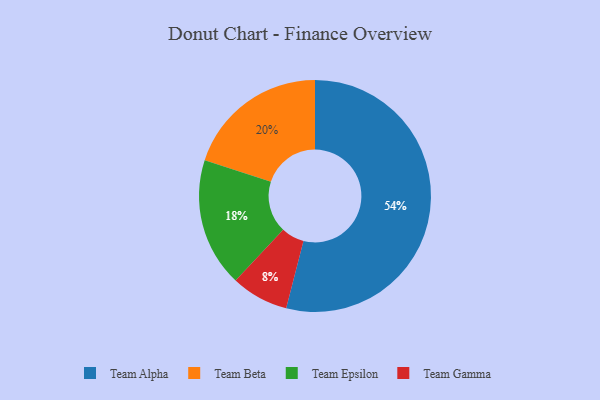
{"axis": {"x": "Category", "y": "Percentage"}, "legend": ["Team Alpha", "Team Beta", "Team Epsilon", "Team Gamma"], "data": [{"x": "Team Alpha", "y": 54, "type": "Team Alpha"}, {"x": "Team Beta", "y": 20, "type": "Team Beta"}, {"x": "Team Epsilon", "y": 18, "type": "Team Epsilon"}, {"x": "Team Gamma", "y": 8, "type": "Team Gamma"}]}